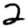
Digit: 2